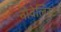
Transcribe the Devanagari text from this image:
नोवेलिस्ट